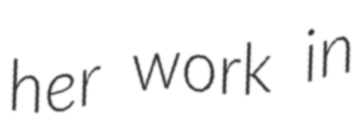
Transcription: her work in